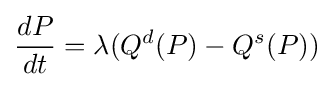
{\frac {dP}{dt}}=\lambda (Q^{d}(P)-Q^{s}(P))